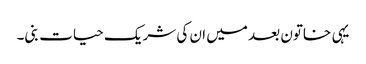
یہی خاتون بعد میں ان کی شریک حیات بنی۔